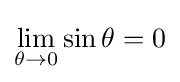
\lim _{\theta \to 0}{\sin \theta }=0